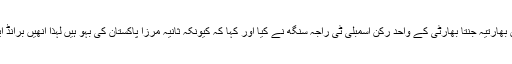
یہ مطالبہ جنوبی بھارت کی ریاست تلنگانہ میں بھارتیہ جنتا بھارٹی کے واحد رکن اسمبلی ٹی راجہ سنگھ نے کیا اور کہا کہ کیونکہ ثانیہ مرزا پاکستان کی بہو ہیں لہذا انھیں برانڈ ایمبسڈر آف تلنگانہ کے عہدے سے ہٹا یا جائے۔